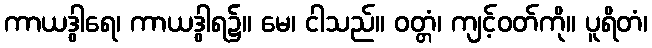
ကာယဒွါရေ၊ ကာယဒွါရ၌။ မေ၊ ငါသည်။ ဝတ္တံ၊ ကျင့်ဝတ်ကို။ ပူရိတံ၊